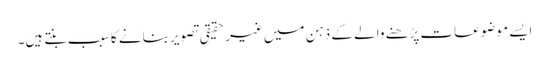
ایسے موضوعات پڑھنے والے کے ذہن میں غیر حقیقی تصویر بنانے کا سبب بنتے ہیں۔